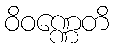
ဝိဝဏ္ဏေတိ